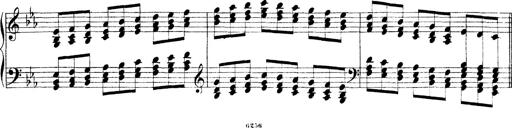
Title: Technische Studien
Composer: Franz Liszt